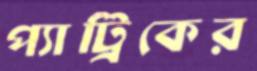
প্যাট্রিকের